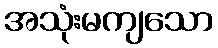
အသုံးမကျသော